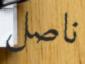
ناصل